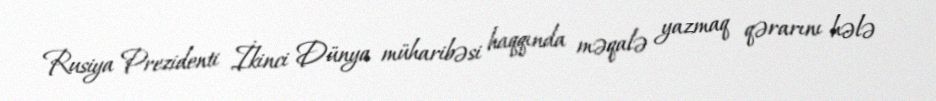
Rusiya Prezidenti İkinci Dünya müharibəsi haqqında məqalə yazmaq qərarını hələ